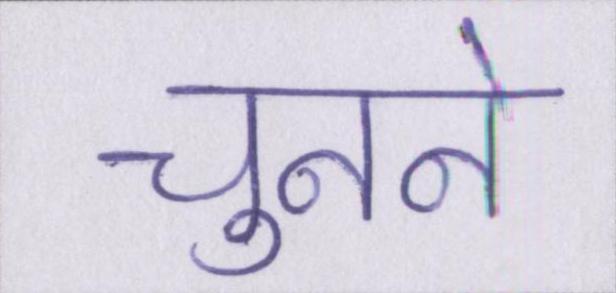
चुनने